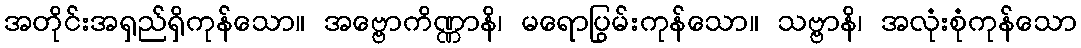
အတိုင်းအရှည်ရှိကုန်သော။ အဗ္ဗောကိဏ္ဏာနိ၊ မရောပြွမ်းကုန်သော။ သဗ္ဗာနိ၊ အလုံးစုံကုန်သော